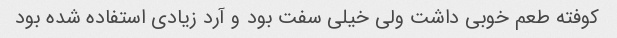
کوفته طعم خوبی داشت ولی خیلی سفت بود و آرد زیادی استفاده شده بود